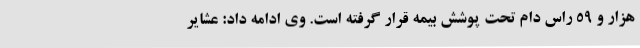
هزار و 59 راس دام تحت پوشش بیمه قرار گرفته است. وی ادامه داد: عشایر